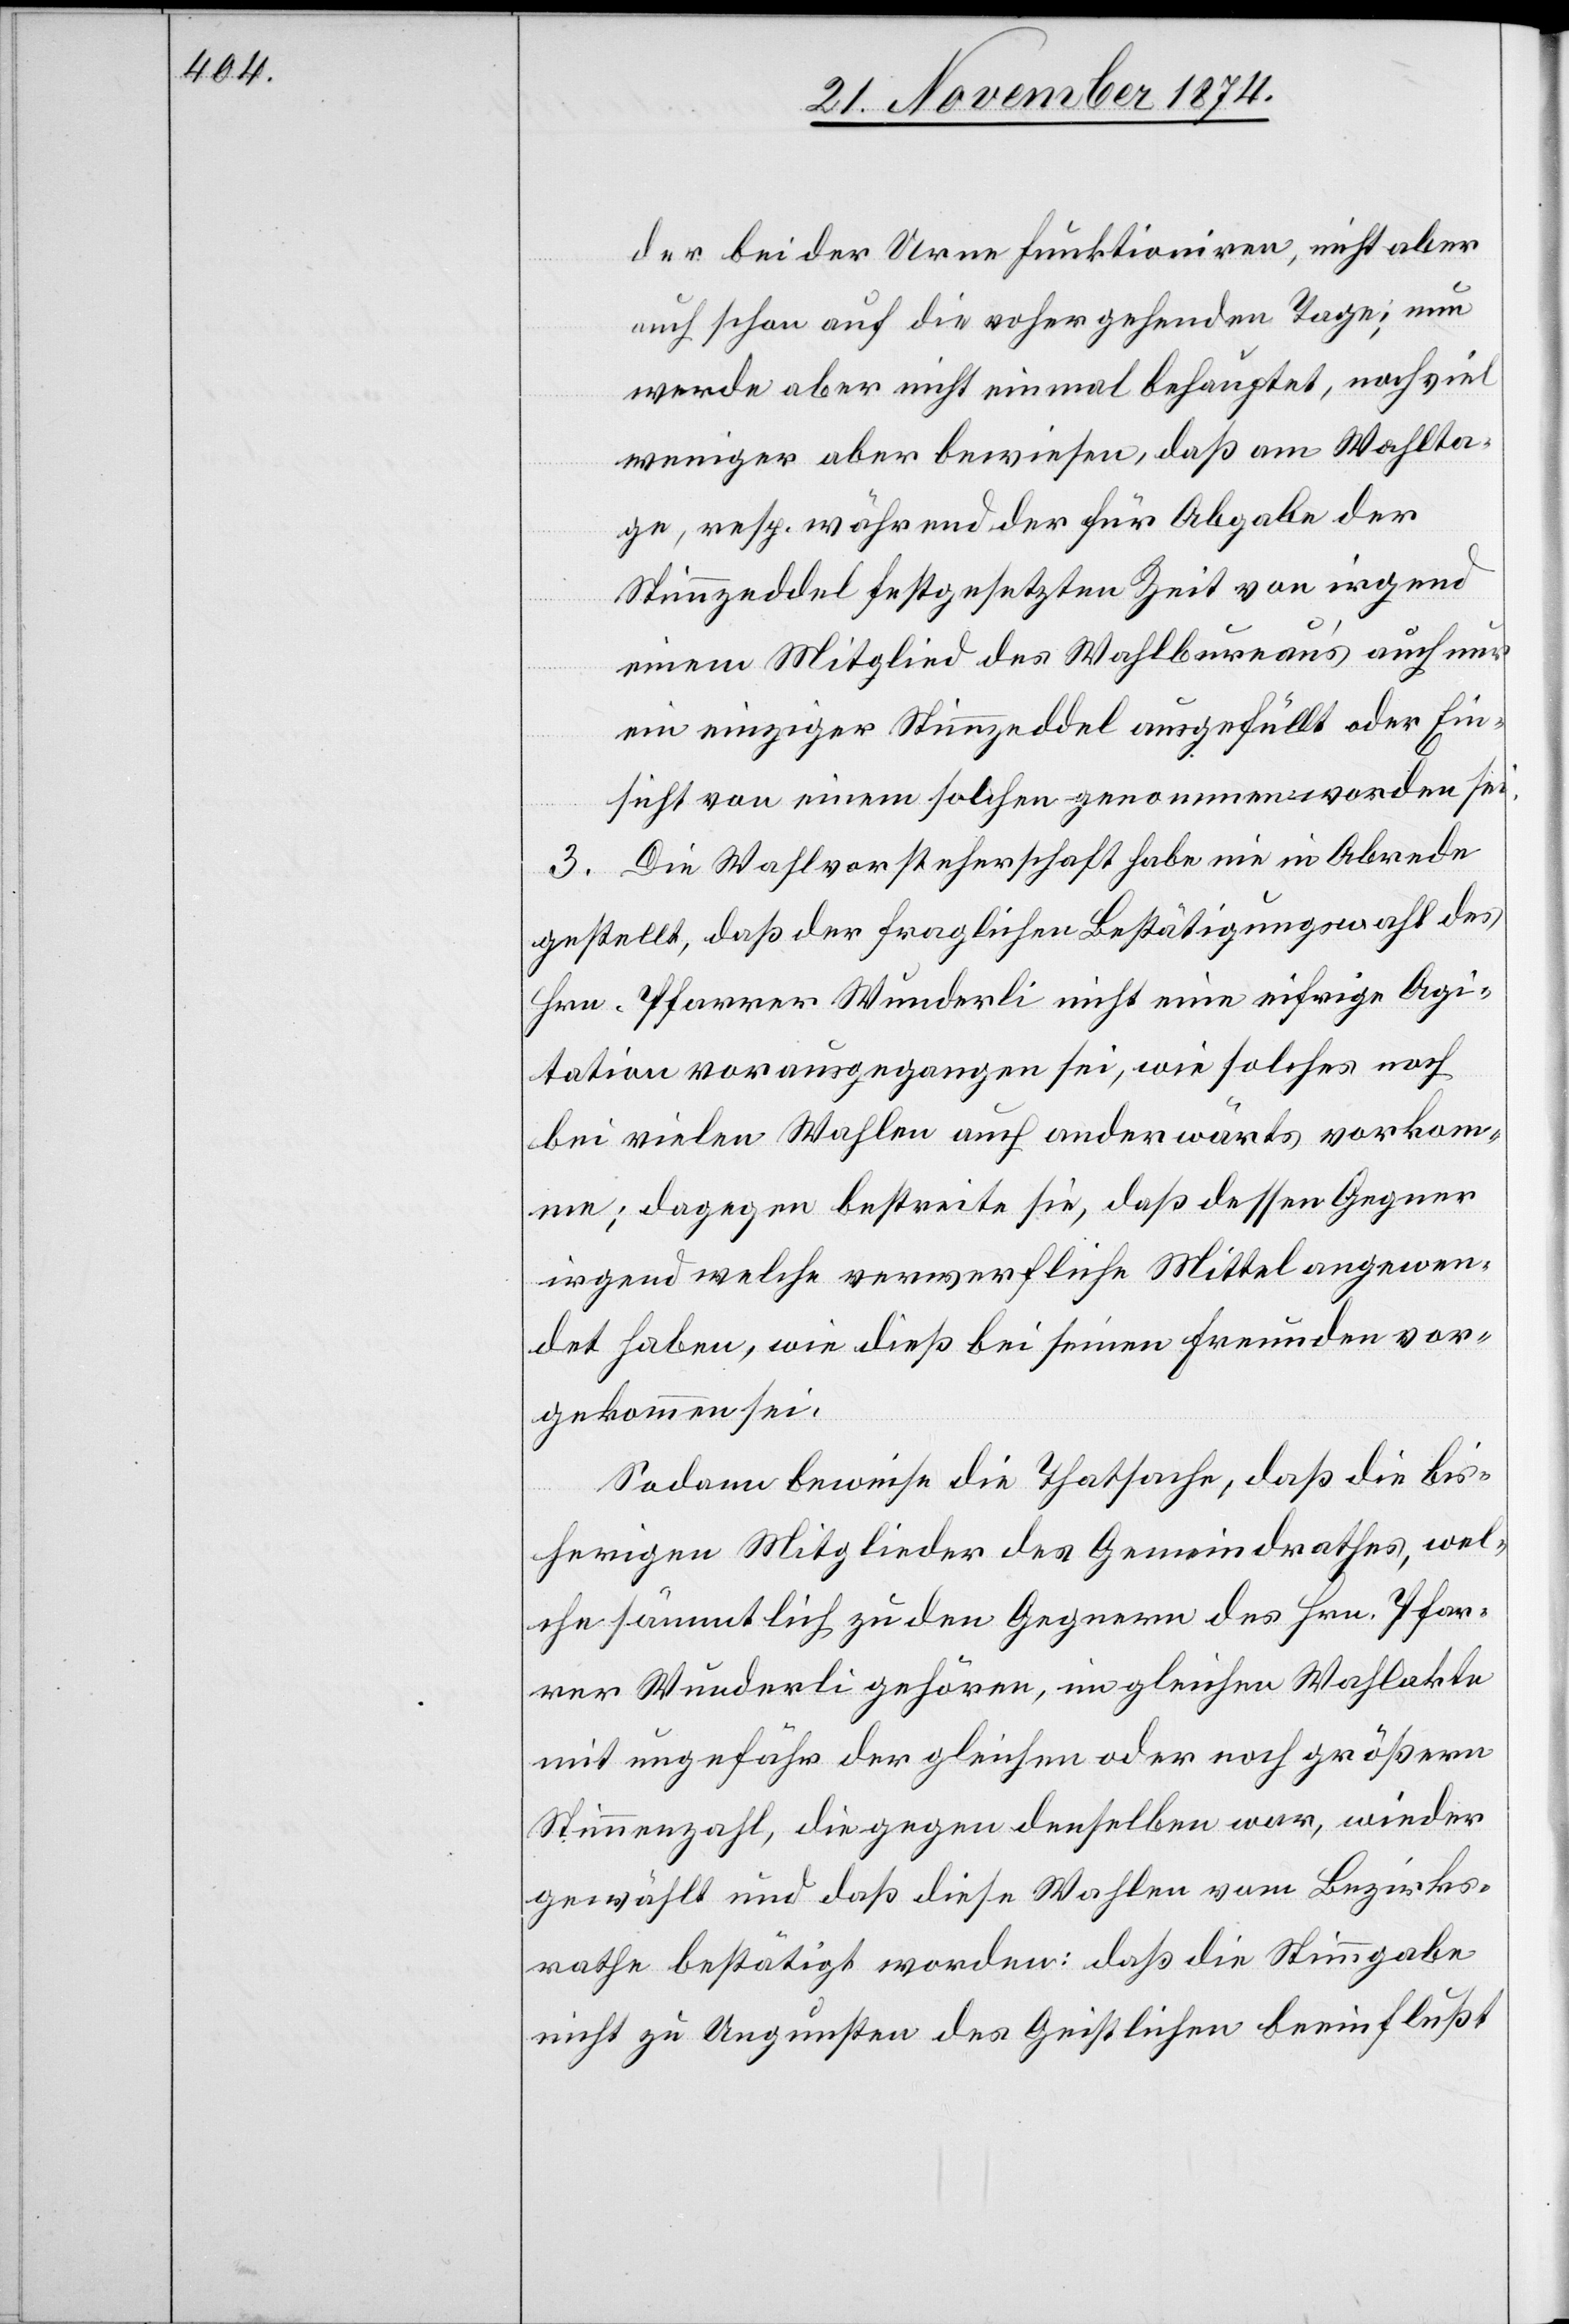
der bei der Urne funktioniren, nicht aber
auch schon auf die vo[r]hergehenden Tage; nun
werde aber nicht einmal behauptet, noch viel
weniger aber bewiesen, daß am Wahlta¬
ge, resp. während der für Abgabe der
Stimmzeddel festgesetzten Zeit von irgend
einem Mitglied des Wahlbureau’s auch nur
ein einziger Stimmzeddel ausgefüllt oder Ein¬
sicht von einem solchen genommen worden sei.
3. Die Wahlvorsteherschaft habe nie in Abrede
gestellt, daß der fraglichen Bestätigungswahl des
Hrn. Pfarrer Wunderli nicht eine eifrige Agi¬
tation vorausgegangen sei, wie solches noch
bei vielen Wahlen auch anderwärts vorkom¬
me; dagegen bestreite sie, daß dessen Gegner
irgend welche verwerfliche Mittel angewen¬
det haben, wie dieß bei seinen Freunden vor¬
gekommen sei.
Sodann beweise die Thatsache, daß die bis¬
herigen Mitglieder des Gemeindrathes, wel¬
che sämmtlich zu den Gegnern des Hrn. Pfar¬
rer Wunderli gehören, im gleichen Wahlakte
mit ungefähr der gleichen oder noch größern
Stimmenzahl, die gegen denselben war, wieder
gewählt und daß diese Wahlen vom Bezirks¬
rathe bestätigt worden: daß die Stimmgabe
nicht zu Ungunsten des Geistlichen beeinflußt